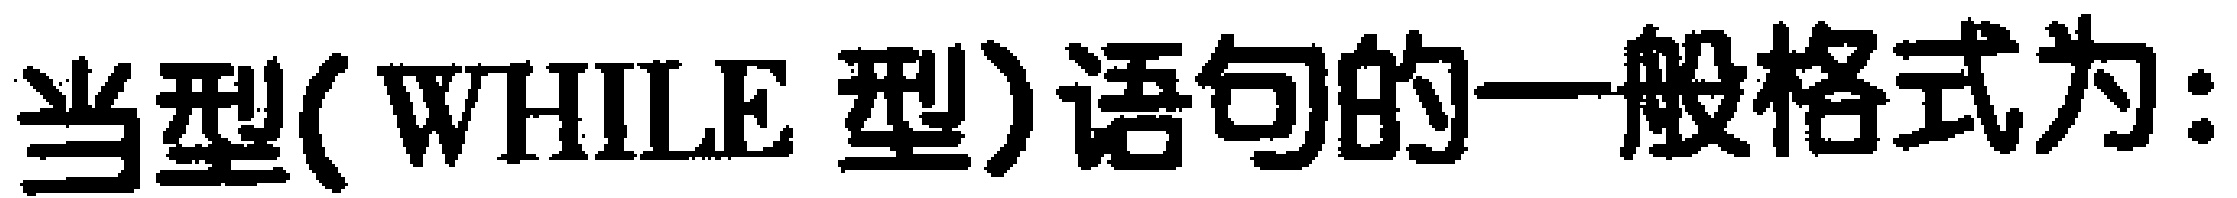
当型(\text{WHILE} 型)语句的一般格式为: